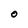
Character: 0